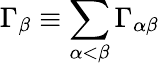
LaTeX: \Gamma_{\beta}\equiv\sum_{\alpha<\beta}\Gamma_{\alpha\beta}